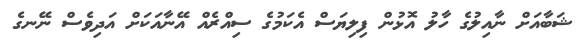
ޝަބާއަށް ނާއިލުގެ ހާލު އޮޅުން ފިލިޔަސް އެކަމުގެ ސިއްރެއް އޭނާއަކަށް އަދިވެސް ނޭނގެ